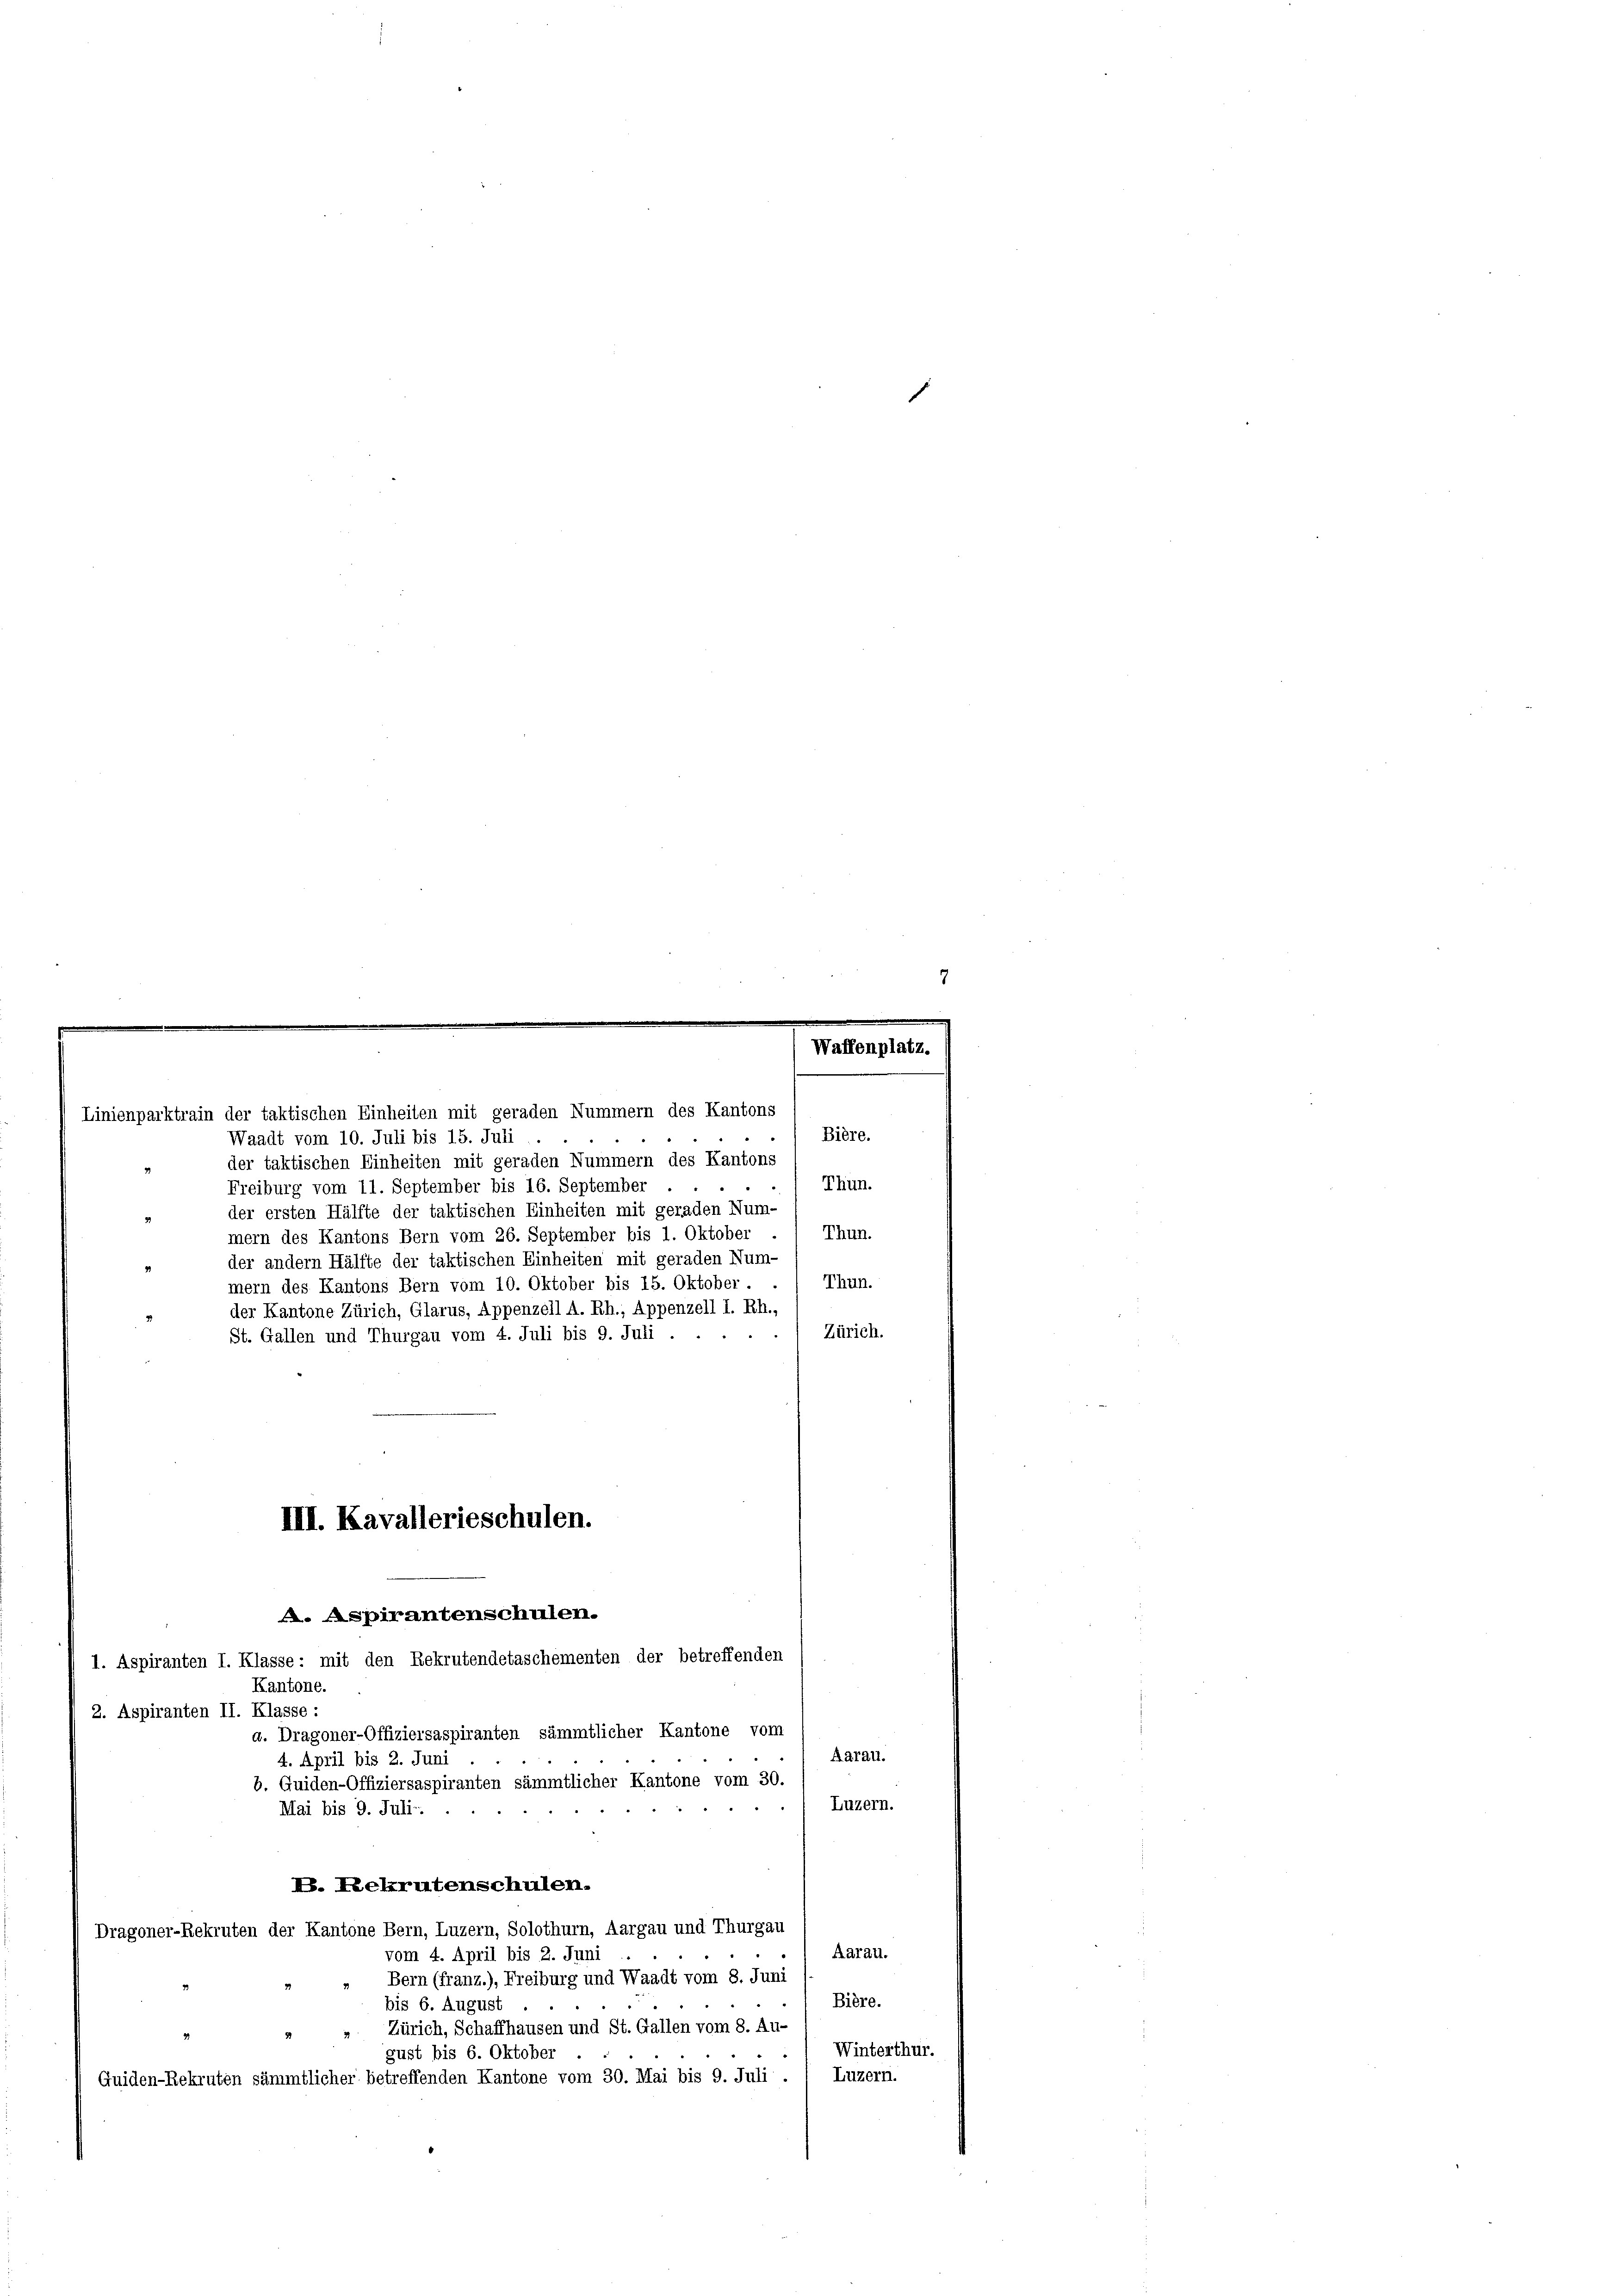
Linienparktrain der taktischen Einheiten mit geraden Nummern des Kantons

Bière.
Waadt vom 10. Juli bis 15. Juli
der taktischen Einheiten mit geraden Nummern des Kantons
Thun.
Freiburg vom 11. September bis 16. September
der ersten Hälfte der taktischen Einheiten mit geraden Num-
Thun.
mern des Kantons Bern vom 26. September bis 1. Oktober
der andern Hälfte der taktischen Einheiten mit geraden Num-
Thun.
mern des Kantons Bern vom 10. Oktober bis 15. Oktober.
der Kantone Zürich, Glarus, Appenzell A. Rh., Appenzell I. Rh.,
Zürich.
St. Gallen und Thurgau vom 4. Juli bis 9. Juli . .
2. Aspiranten II. Klasse:
d. Dragoner-Offiziersaspiranten sämmtlicher Kantone vom
Aarau.
4. April bis 2. Juni
b. Guiden-Offiziersaspiranten sämmtlicher Kantone vom 30.
Luzern.
Mai bis 9. Juli.
20
E. Rekrutenschulen.
Dragoner-Rekruten der Kantone Bern, Luzern, Solothurn, Aargau und Thurgau
Aarau.
vom 4. April bis 2. Juni
Bern (franz.), Freiburg und Waadt vom 8. Juni
Bière.
bis 6. August
Zürich, Schaffhausen und St. Gallen vom 8. Au-
Winterthur.
gust bis 6. Oktober
Luzern.
Guiden-Rekruten sämmtlicher betreffenden Kantone vom 30. Mai bis 9. Juli.

III. Kavallerieschulen.
A. Aspirantenschulen.
1. Aspiranten I. Klasse: mit den Rekrutendetaschementen der betreffenden
Kantone.